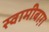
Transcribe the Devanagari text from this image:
स्वामीबाग़